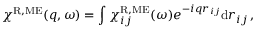
\chi ^ { \mathrm { R , M E } } ( q , \omega ) = \int \chi _ { i j } ^ { \mathrm { R , M E } } ( \omega ) e ^ { - i q r _ { i j } } \mathrm { d } r _ { i j } \, ,